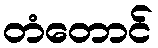
တံတောင်